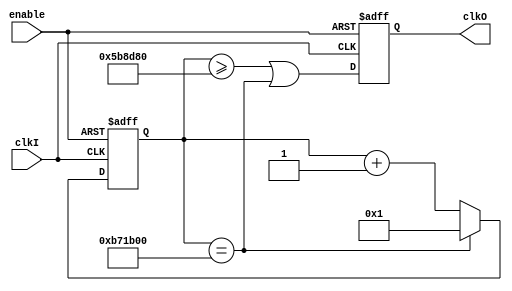
/**
* 
* enable
* M,N
*/
module DivideClk(
	input clkI,
	input enable,//0,
	output reg clkO
);
//	parameter WIDTH = 24;
	parameter M = 12_000_000;
	parameter N = 6_000_000;
	localparam WIDTH = $clog2(M+1);
	
	reg [WIDTH-1:0] r=1;//1->M
	
	always @ (posedge clkI or negedge enable) begin
		if(!enable) begin//,
			clkO <= 0;
			r <= 1;
		end else begin
			clkO <= r>=N || r==M;
			if(r==M)
				r<=1;
			else 
				r<=r+1;
		end
	end
endmodule